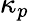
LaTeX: \kappa_{p}